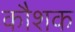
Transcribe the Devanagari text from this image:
कौशक